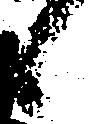
候